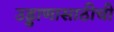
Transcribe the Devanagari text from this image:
उड्डाणासाठीची